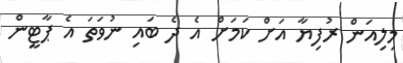
މިލިއަން ރުފިޔާ އަށް ކަމަށް އެ ދެ ބައި ނުވަތަ އެ ޕާޓީން